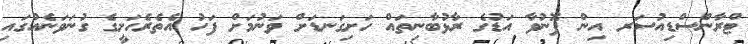
ޓްރާންސްޑިއުސަރ އިން ފޮނުވާ އަޑުގެ ރާޅުބާނިތައް ހަށިގަނޑަށް ވަނުމަށް ފަހު އެތެރެހަށީގެ ގުނަވަނެއްގައި